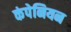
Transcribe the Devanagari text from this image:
कंपेनियन